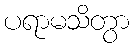
ပရာမသိတွာ